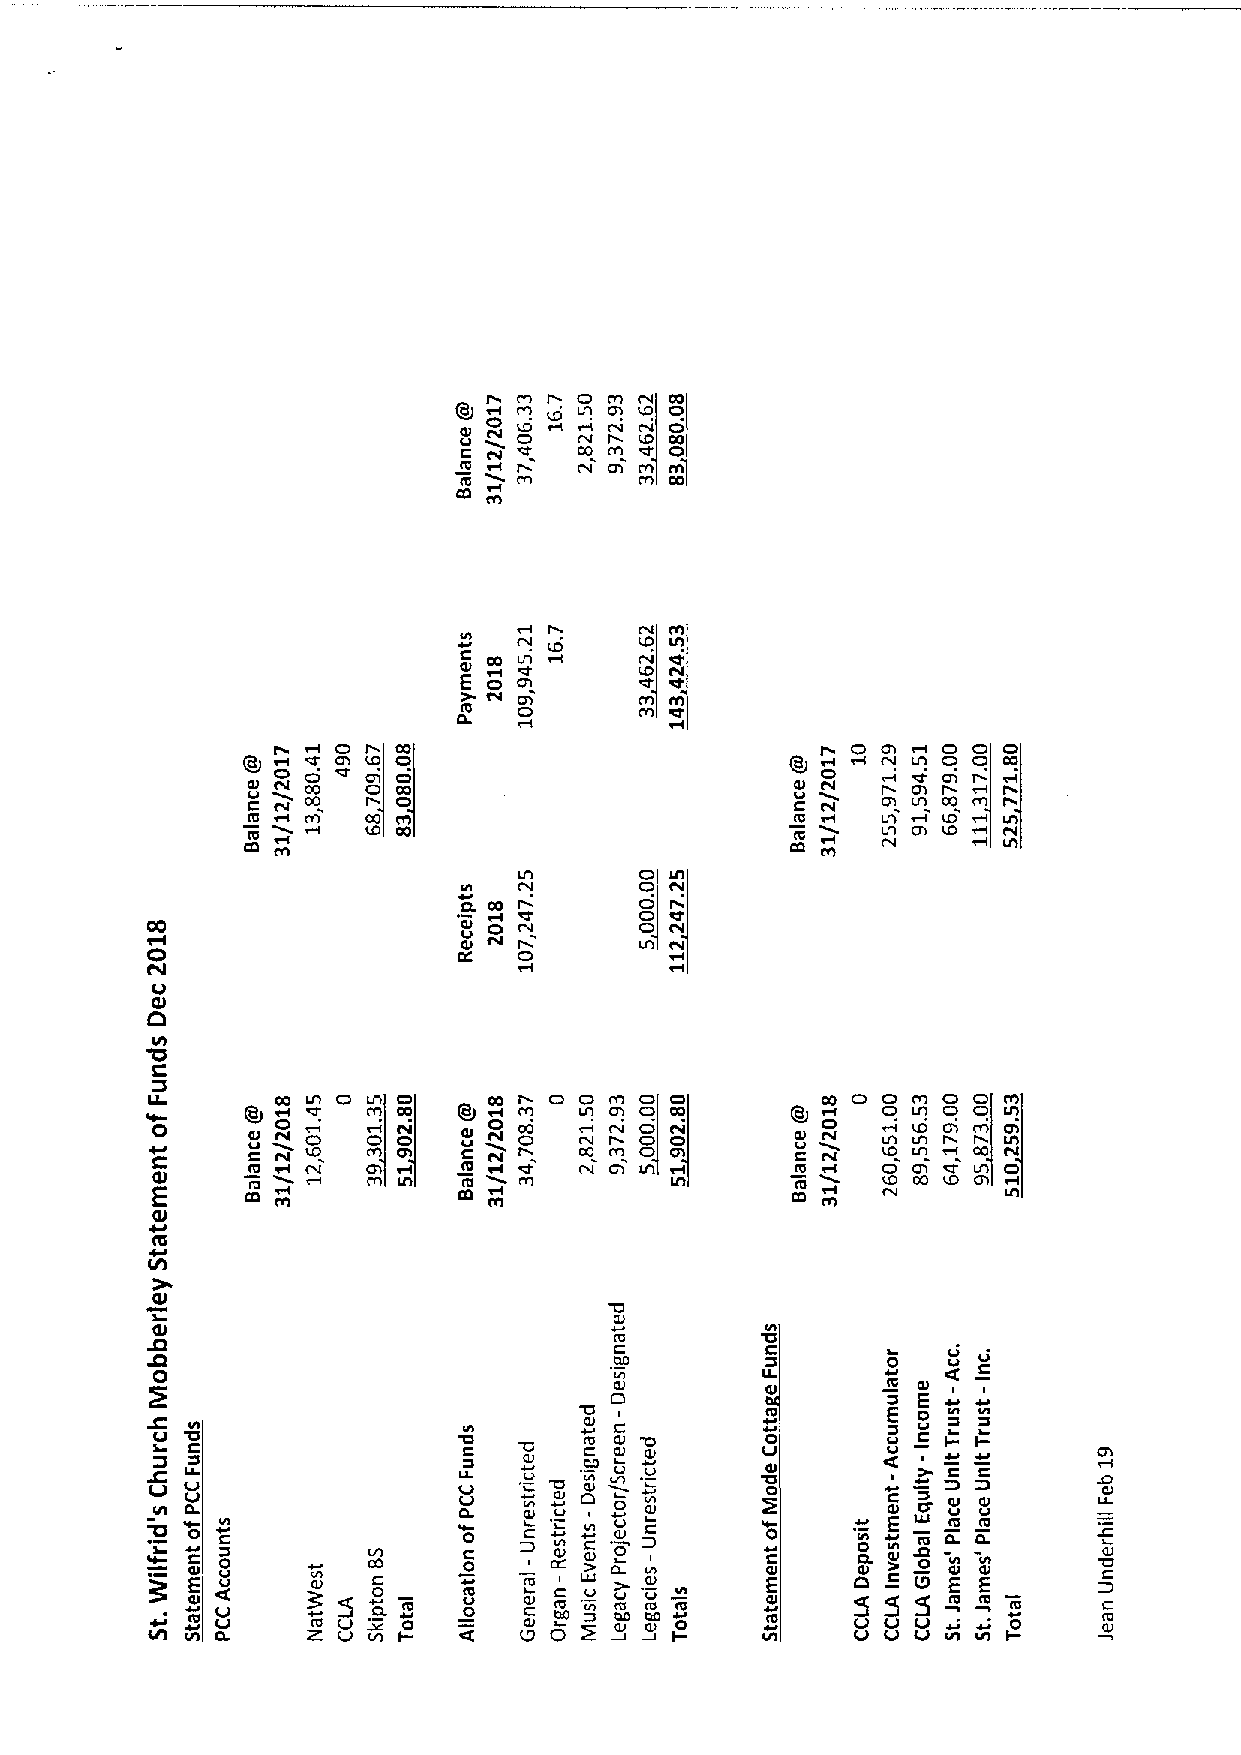
o
 m r
 o     I/I
 e   uoj
 rv
 ftl   CO
 N     /4
 m   m
 N ffl
 ID III
 Qa I/I
 o         ID ftr
 E   Qrt     '«I «I'
 t«        m m
 0ta. Cl       «f
 o     o o
 oa                              trt o o CI
 CI                                III   Qa
 Q U CI ftt C Q CaI I                 QI CJI C f f« «I r trl p I/It I tp m
 ta f«                                ta   I/I ID
 ta        QO                         ta     Qrl ID f«
 I/I
 I/I                                 ftr
 Ih  ht
 K
 Qa
 IN                      rv
 o                     f«
 IZ  O
 /«I
 CI
 Q
 a
 r
 oom                 o o
 Qa Ifl                                          tfl
 o     I/I                         I/I
 0 C   Qu CI ~ /« o   e u C ~ f« co ~o . Qa h te« l Q U Cl f /4« Ip p I o/r I
 ta             ta w   f«QO           ta   CI
 QI                   m  m                  ta   Ip
 E
 I/I           I/I                   rfl
 O
 ro
 I/I
 QI                            1a
 I
 Ql
 ta
 C
 aa                0     u
 oQI                la
 E
 ta      E p «I «l
 I C                  00  Q tJl Q t C oal a C Q Ql I 0 Ql E0 ta/ u
 C C
 QII
 I 0/ .            0.   Vl P U ota p ~I Z       C Ql 0 UQl uQl Utl -l
 5 «0 C Q E Q tal l « QC 0 I LtJ
 V
 I IQ C 0 // II a Im 0
 -
 V0 C0 t I0a J C I Q C Ql
 l
 oU Q C Ot l a U &t U 0a J Q 0 t tla al Q U t oal a It 0h a IJ J0 C Q E Q I /Ial I I C/I Q E t Qh l J Qr Oa
 /
 I0m Q Et t // a II l. 0 Im t t E t /h a a I. It 0a
 -
 Q C C ( QtlI
 l